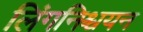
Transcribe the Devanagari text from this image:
लिंगनिश्चयन